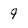
Character: 9